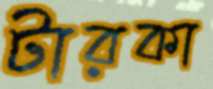
টারকা